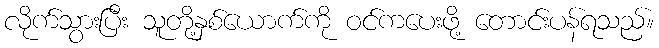
လိုက်သွားပြီး သူတို့နှစ်ယောက်ကို ဝင်ကပေးဖို့ တောင်းပန်ရသည်။